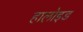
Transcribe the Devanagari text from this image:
हालोइड